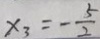
x _ { 3 } = - \frac { 5 } { 2 }